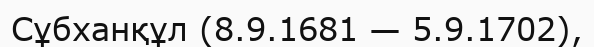
Сұбханқұл (8.9.1681 — 5.9.1702),